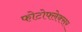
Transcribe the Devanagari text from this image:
फोटोफ्लेक्सर